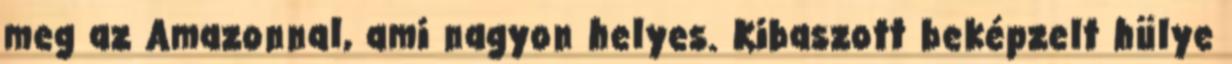
meg az Amazonnal, ami nagyon helyes. Kibaszott beképzelt hülye